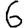
Digit: 6